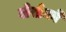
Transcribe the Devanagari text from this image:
लेखेको